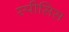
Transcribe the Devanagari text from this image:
स्पीसिस